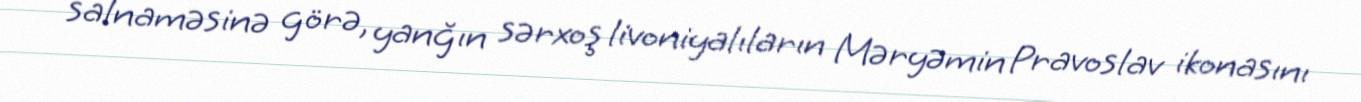
salnaməsinə görə, yanğın sərxoş livoniyalıların Məryəmin Pravoslav ikonasını